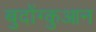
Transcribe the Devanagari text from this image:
बुदोंग्कुआन